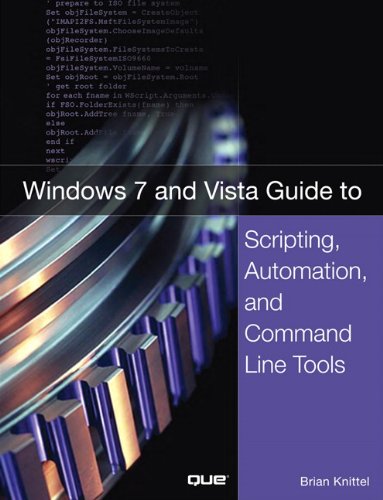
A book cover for Windows 7 and Vista Guide to Scripting, Automation, and Command Line Tools; Brian Knittel; Computers & Technology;